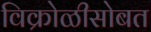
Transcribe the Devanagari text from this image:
विक्रोळीसोबत